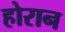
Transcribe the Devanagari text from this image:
होरान